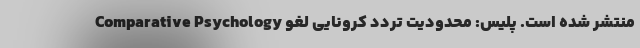
Comparative Psychology منتشر شده است. پلیس: محدودیت تردد کرونایی لغو